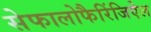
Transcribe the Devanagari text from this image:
सेफालोफैरिंजिऐल